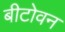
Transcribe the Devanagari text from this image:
बीटोवन